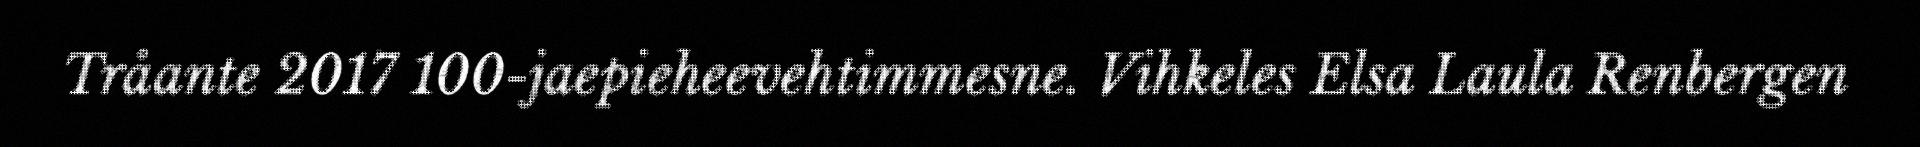
Tråante 2017 100-jaepieheevehtimmesne. Vihkeles Elsa Laula Renbergen